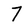
Character: 7